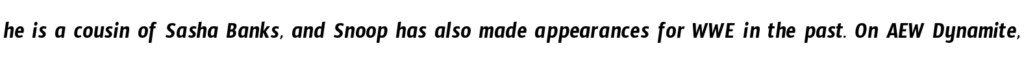
he is a cousin of Sasha Banks, and Snoop has also made appearances for WWE in the past. On AEW Dynamite,